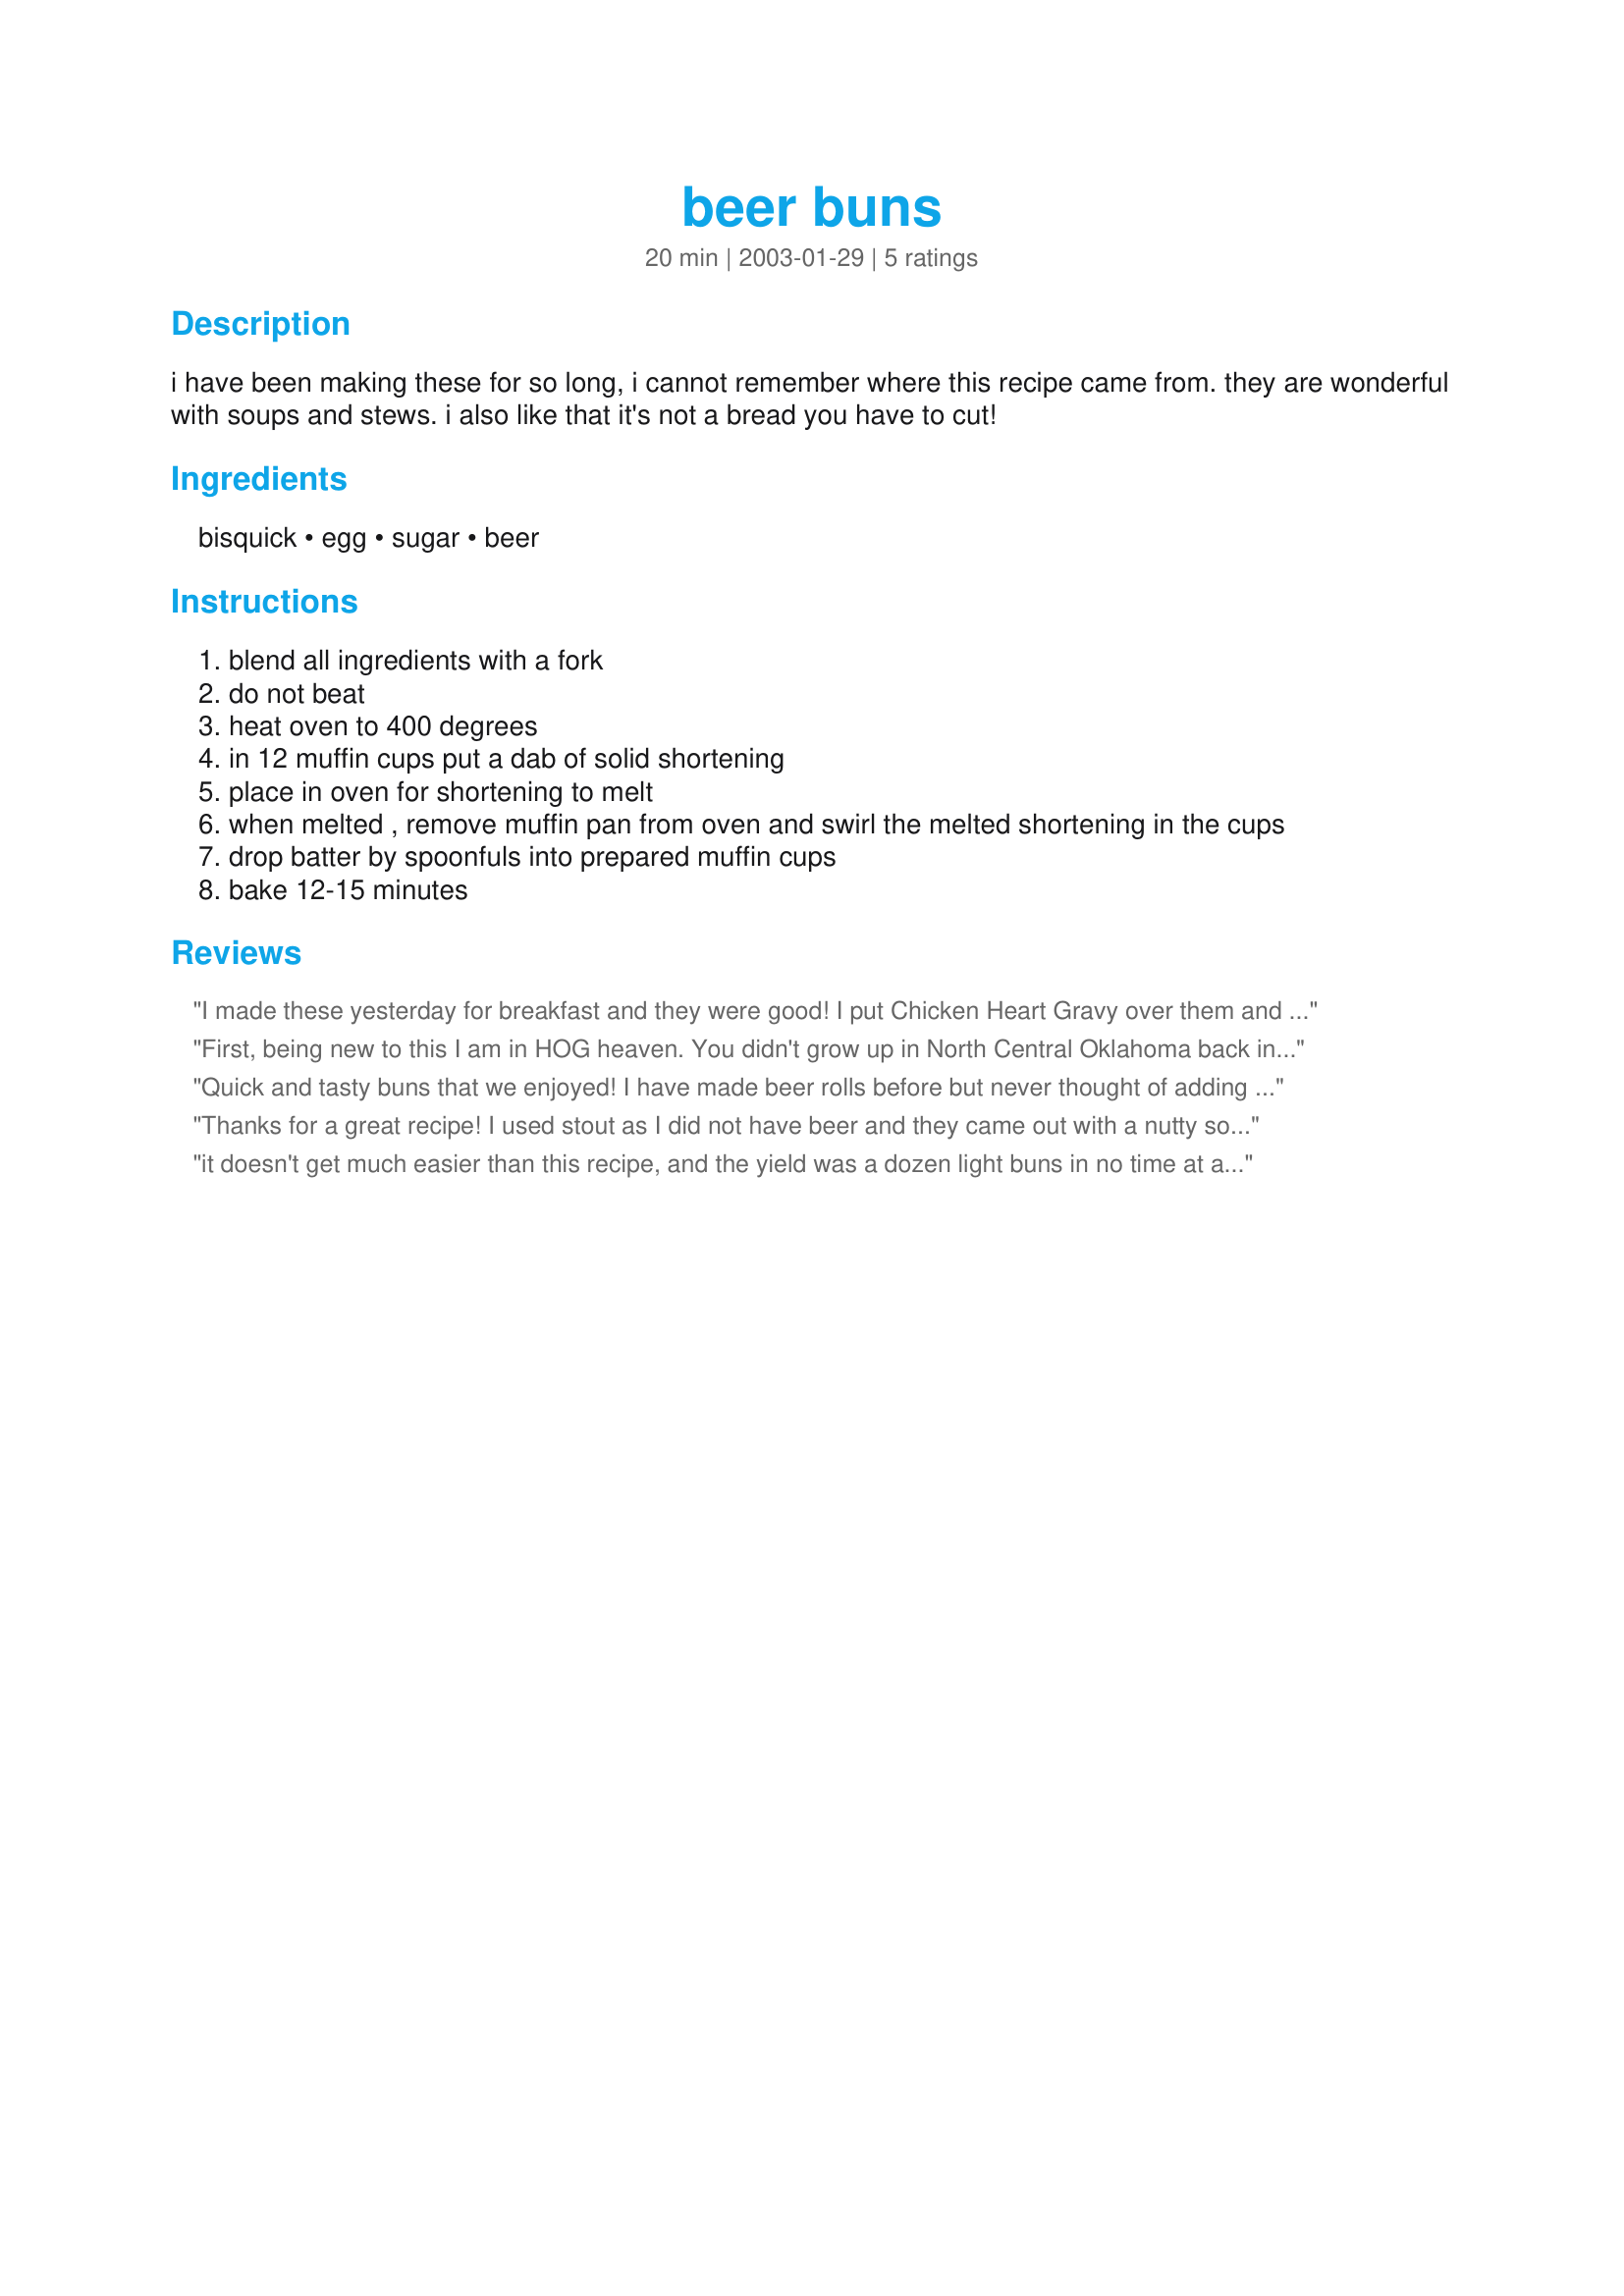
beer buns
Preparation time: 20 minutes

i have been making these for so long, i cannot remember where this recipe came from. they are wonderful with soups and stews. i also like that it's not a bread you have to cut!

Ingredients:
bisquick, egg, sugar, beer

Steps:
blend all ingredients with a fork
do not beat
heat oven to 400 degrees
in 12 muffin cups put a dab of solid shortening
place in oven for shortening to melt
when melted , remove muffin pan from oven and swirl the melted shortening in the cups
drop batter by spoonfuls into prepared muffin cups
bake 12-15 minutes

Reviews:
I made these yesterday for breakfast and they were good! I put Chicken Heart Gravy over them and it was sooo good. You wouldn't even know the beer was in them.
 
When I was making the batter I beat the egg in a cup and added the beer to it and beat it again and then added that to the Bisquick. It was easier to mix that way.
First, being new to this I am in HOG heaven. You didn't grow up in North Central Oklahoma back in the 1930's did you. My MOM made them the exact same way and my DAD said that " The reason God put biscuits and buns on this Earth was because they could Sop up more Gravy that way". You have my most sincere thanks for bringing these to the forfront.
Cap'n Jack
Quick and tasty buns that we enjoyed! I have made beer rolls before but never thought of adding an egg. That really improved the texture. I made 1/2 the recipe and my yield was 6 small buns so next time I'll only fill 4 muffin cups. Thanks for sharing your recipe.
Thanks for a great recipe! I used stout as I did not have beer and they came out with a nutty sort of molasses flavour which was quite delicious. Though I did spoon the batter into 12 muffin cups, I would have done better to get 9 bigger breads instead of the 12 smaller ones.
it doesn't get much easier than this recipe, and the yield was a dozen light buns in no time at all. this is a keeper!
